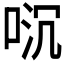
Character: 𫪌